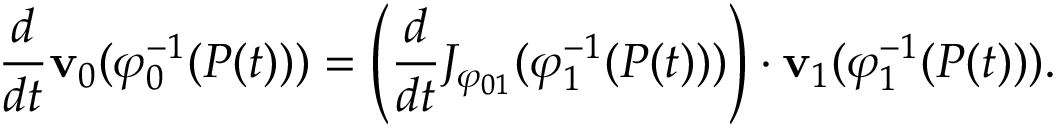
{ \frac { d } { d t } } { \mathbf { v } } _ { 0 } ( \varphi _ { 0 } ^ { - 1 } ( P ( t ) ) ) = \left( { \frac { d } { d t } } J _ { \varphi _ { 0 1 } } ( \varphi _ { 1 } ^ { - 1 } ( P ( t ) ) ) \right) \cdot { \mathbf { v } } _ { 1 } ( \varphi _ { 1 } ^ { - 1 } ( P ( t ) ) ) .